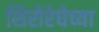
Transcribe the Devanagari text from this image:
शिरोरेघेच्या